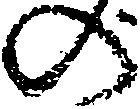
の